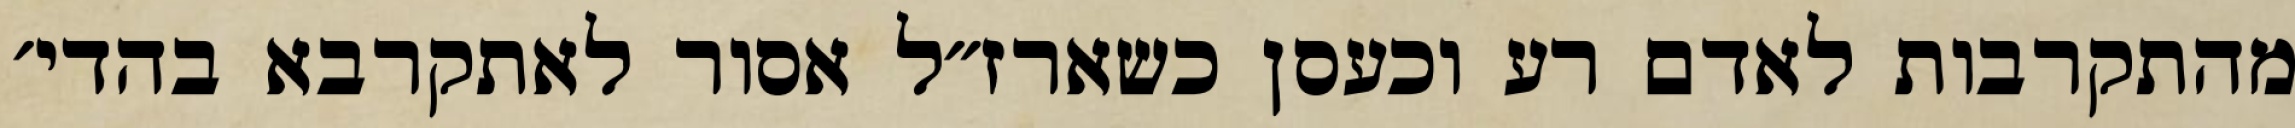
מהתקרבות לאדם רע וכעסן כשארז״ל אסור לאתקרבא בהדי׳